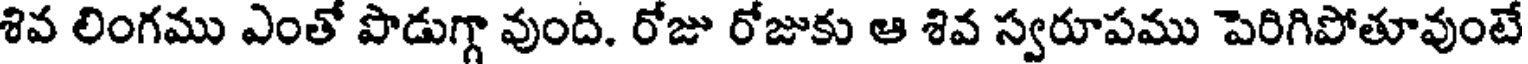
శివ లింగము ఎంతో పొడుగ్గా వుంది. రోజు రోజుకు ఆ శివ స్వరూపము పెరిగిపోతూవుంటే